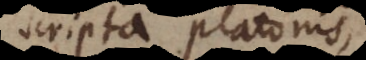
scripta Platonis,